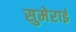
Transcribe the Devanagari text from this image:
सुमेराई